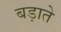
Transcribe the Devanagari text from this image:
बड़ाते